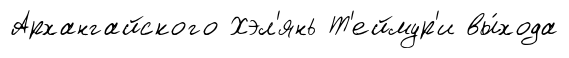
Архангайского Хэл'янь Т'еймур'и вы́хода